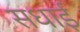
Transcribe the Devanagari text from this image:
सधाई